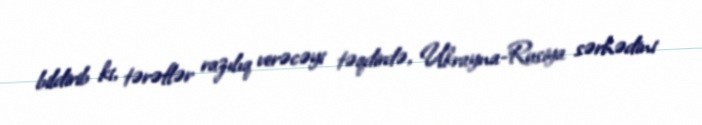
bildirib ki, tərəflər razılıq verəcəyi təqdirdə, Ukrayna-Rusiya sərhədini